Indian journal of veterinary science and animal husbandry - Volume 10,
Year: 1940
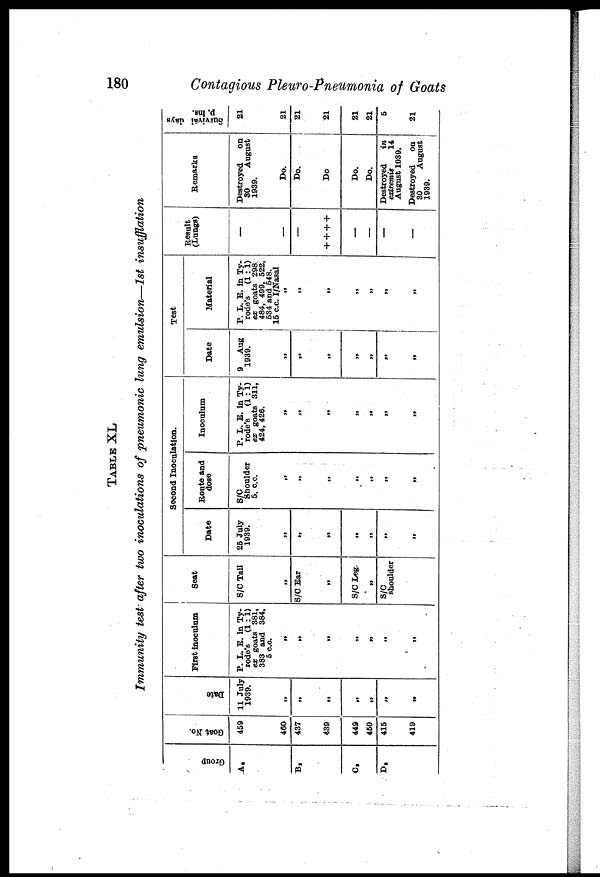
180
Contagious Pleuro-Pneumonia of Goats
TABLE XL
Immunity test after two inoculations of pneumonic lung emulsion—1st insufflation
Gr oup
A 2
B 2
C 2
D 2
Goat No.
459
460
437
439
449
450
415
419
Date
11 July
1939.
„
„
„
„
„
„
First inoculum
P. L. E. in Ty-
rode's
(1:1)
ex goats 381,
383 and 384,
5 c.c.
„
„
„
„
„
„
Seat
S/C Tail
„
S/C Ear
„
S/C Leg.
„
S/C
shoulder
Second Inoculation.
Date
25 July
1939.
„
„
„
„
„
„
„
Route and
dose
S/C
Shoulder
5. c.c.
„
„
„
„
„
„
„
Inoculum
P. L. E. in Ty-
rode's
(1:1)
ex goats 311,
424, 426.
„
„
„
„
„
„
„
Test
Date
9
Aug
1939.
„
„
„
„
„
„
„
Material
P. L. E. in Ty-
rode's
(1:1)
ex goats 298.
484, 499, 522,
534 and 548.
15 c.c. I/Nasal
„
„
„
„
„
„
Result
(Lungs)
—
—
+ + + +
—
—
—
—
Remarks
Destroyed
on
30
August
1939.
Do.
Do.
Do
Do.
Do.
Destroyed
in
extremis
14
August 1939.
Destroyed
on
30
August
1939.
|
Survival days
p. ins.
21
21
21
21
21
21
5
21